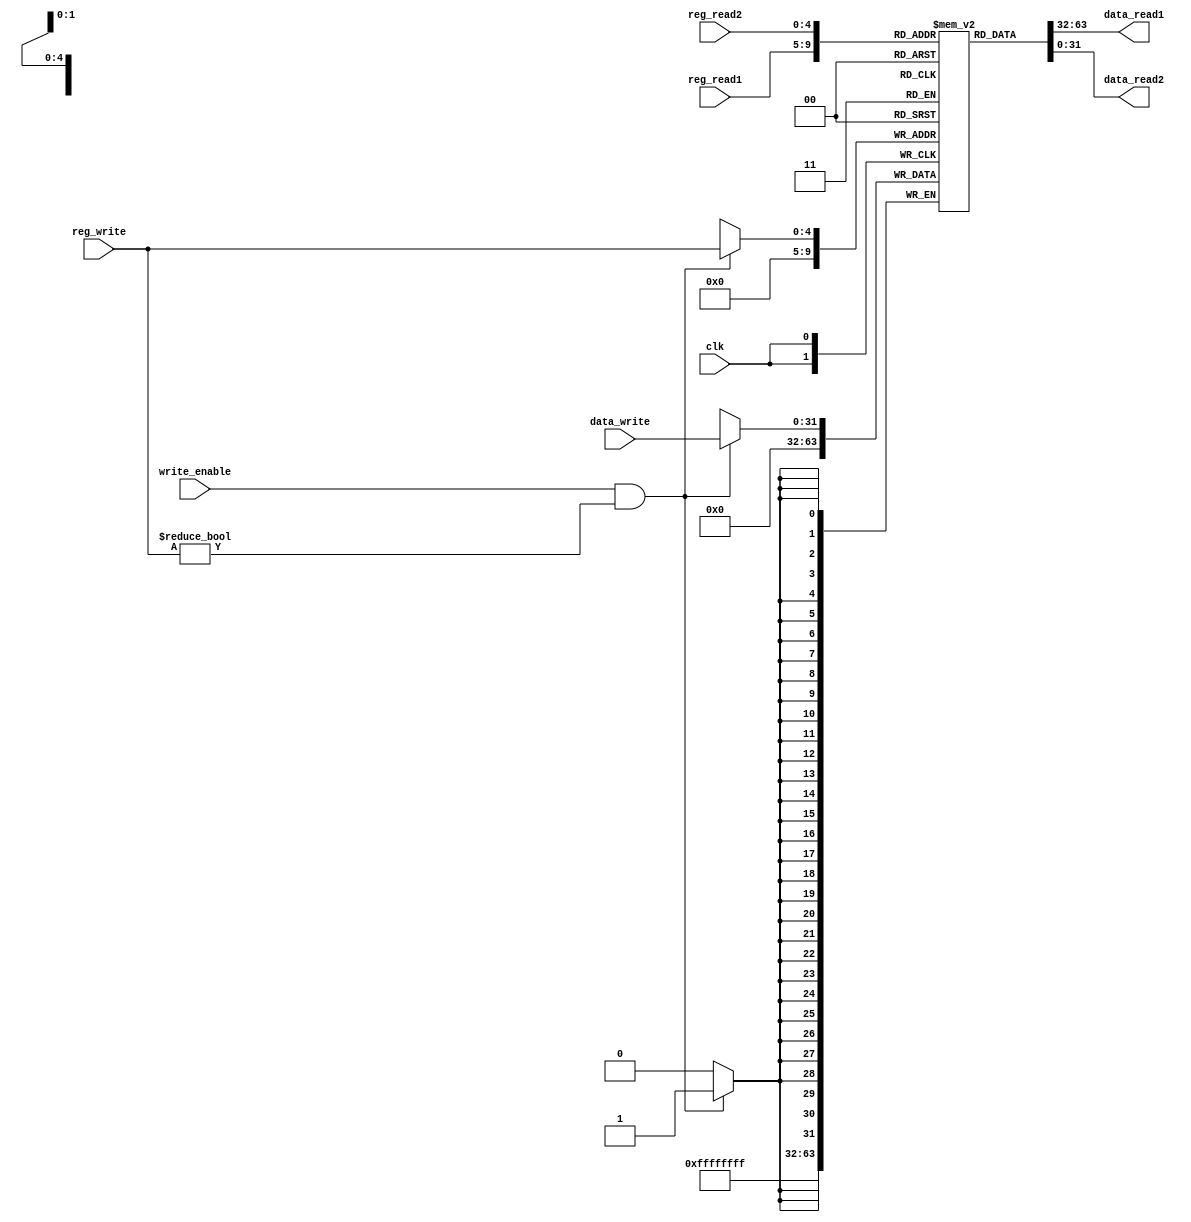

module register_file(reg_read1, reg_read2, reg_write, data_read1, data_read2, data_write, write_enable, clk);

input wire [4:0] reg_read1; //register address
input wire [4:0] reg_read2;
input wire [4:0] reg_write;
input wire [31:0] data_write; //data
input wire write_enable;
input wire clk;

output wire [31:0] data_read1;
output wire [31:0] data_read2;

//Memory
parameter bit_width = 32, num_registers = 32;
reg [bit_width-1:0] memory [0:num_registers-1];
//example: memory[0] refers to the first register

//read-after-write:
//writing occurs in first half of cycle,
//reading occurs in second half of cycle,
//so an instruction can read what another
//instruction has written in the same
//cycle

always @(negedge clk)
begin
if(write_enable && reg_write != 0)
	memory [reg_write] <= data_write;
memory[0] <= 0; //first register is always zero by design

end //always


assign data_read1 = memory [reg_read1];

assign data_read2 = memory [reg_read2];


endmodule


module register_file_testbench;

reg [4:0] reg_read1, reg_read2, reg_write;
reg [31:0] data_write;
wire [31:0] data_read1, data_read2;
reg write_enable;
reg clk;

register_file DUT(reg_read1, reg_read2, reg_write, data_read1, data_read2, data_write, write_enable, clk);

initial begin
reg_write = 0;
reg_read1 = 0;
reg_read2 = 15;
data_write = 0;
write_enable = 1;
clk = 0;
end //initial

always #1 clk = ~clk;

always @(posedge clk) begin

if(reg_write == 31) begin
reg_write = 0;
write_enable = 0;
end //if

reg_write = reg_write + 1;
data_write = data_write + 10;

end //always

endmodule